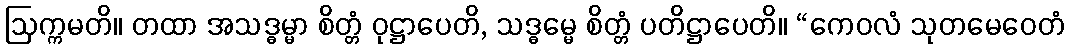
ဩက္ကမတိ။ တထာ အသဒ္ဓမ္မာ စိတ္တံ ဝုဋ္ဌာပေတိ, သဒ္ဓမ္မေ စိတ္တံ ပတိဋ္ဌာပေတိ။ “ကေဝလံ သုတမေဝေတံ